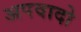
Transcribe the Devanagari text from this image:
अपवादो